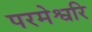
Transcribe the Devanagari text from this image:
परमेश्वरि